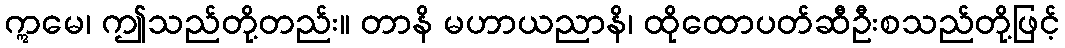
ဣမေ၊ ဤသည်တို့တည်း။ တာနိ မဟာယညာနိ၊ ထိုထောပတ်ဆီဦးစသည်တို့ဖြင့်